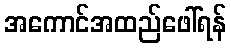
အကောင်အထည်ဖေါ်ရန်